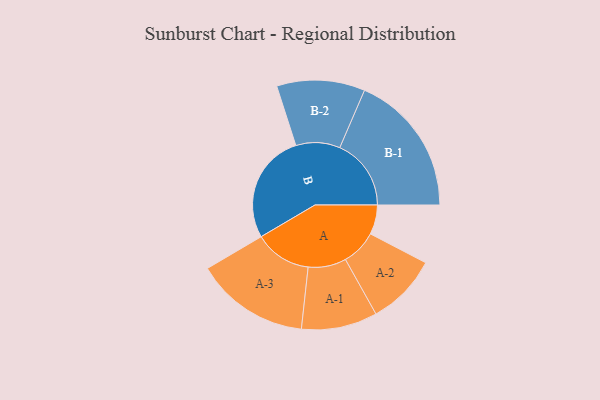
{"axis": {"x": "Segment", "y": "Value"}, "legend": ["", "A", "B"], "data": [{"x": "A", "y": 121, "type": ""}, {"x": "B", "y": 451, "type": ""}, {"x": "A-1", "y": 156, "type": "A"}, {"x": "A-2", "y": 146, "type": "A"}, {"x": "A-3", "y": 234, "type": "A"}, {"x": "B-1", "y": 293, "type": "B"}, {"x": "B-2", "y": 181, "type": "B"}]}